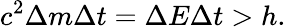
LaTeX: c^{2}\Delta m\Delta t=\Delta E\Delta t>h.